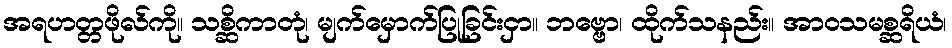
အရဟတ္တဖိုလ်ကို။ သစ္ဆိကာတုံ၊ မျက်မှောက်ပြုခြင်းငှာ။ ဘဗ္ဗော၊ ထိုက်သနည်း။ အာဝသမစ္ဆရိယံ၊